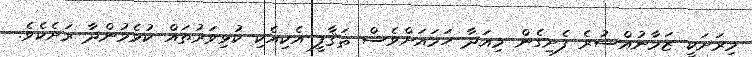
މިރަށަކީ ޒަމާނުއްސުރެ ފެށިގެން މިއަދާ ހަމައަށްވެސް ޘަޤާފީ އެކިއެކި ކުޅިވަރުތައް ކުޅެމުންދާ ރަށެކެވެ.